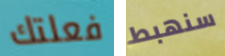
فعلتك سنهبط